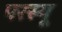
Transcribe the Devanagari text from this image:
परस्यू